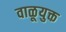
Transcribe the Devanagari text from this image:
वाळूयुक्त